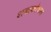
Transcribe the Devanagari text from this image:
शब्दकोषात